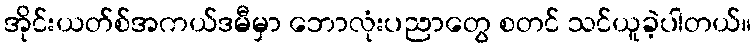
အိုင်းယတ်စ်အကယ်ဒမီမှာ ဘောလုံးပညာတွေ စတင် သင်ယူခဲ့ပါတယ်။